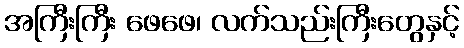
အကြီးကြီး ဖေဖေ၊ လက်သည်းကြီးတွေနှင့်